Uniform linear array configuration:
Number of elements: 16
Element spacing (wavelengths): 0.75
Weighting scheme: kaiser
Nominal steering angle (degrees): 45
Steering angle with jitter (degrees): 45.612
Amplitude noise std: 0.05
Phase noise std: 0.05

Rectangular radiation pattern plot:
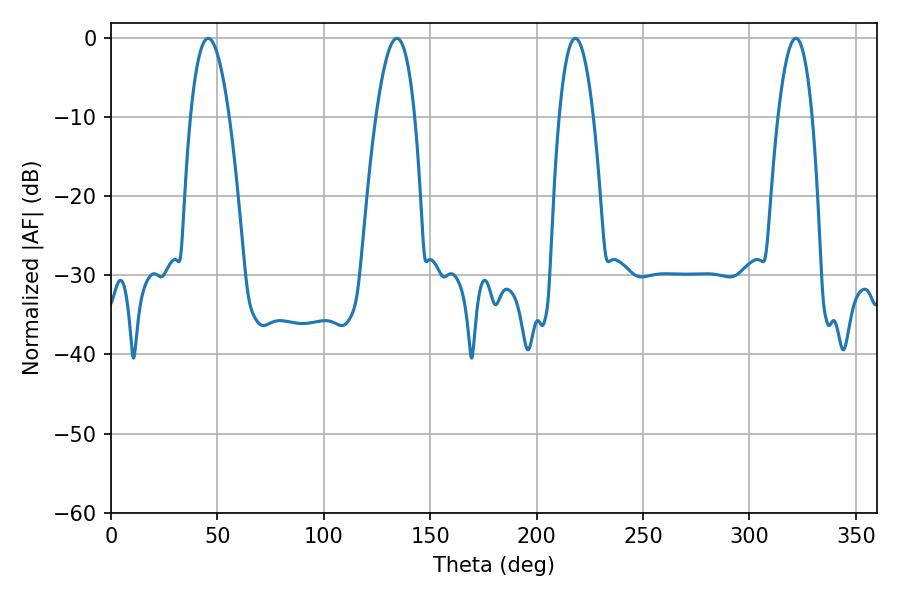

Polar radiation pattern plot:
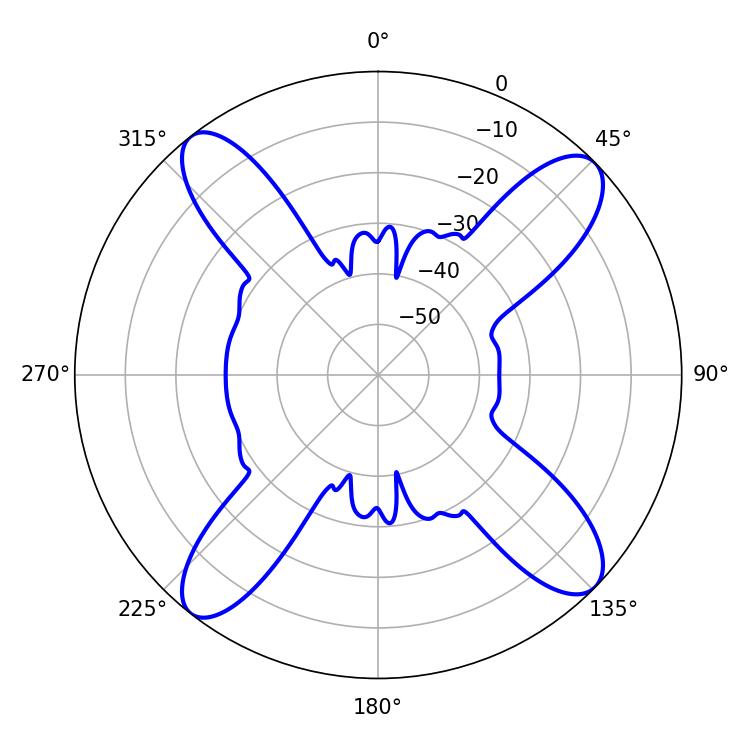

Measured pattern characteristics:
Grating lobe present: TRUE
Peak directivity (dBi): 14.988
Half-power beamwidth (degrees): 8.82
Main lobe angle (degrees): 218.16